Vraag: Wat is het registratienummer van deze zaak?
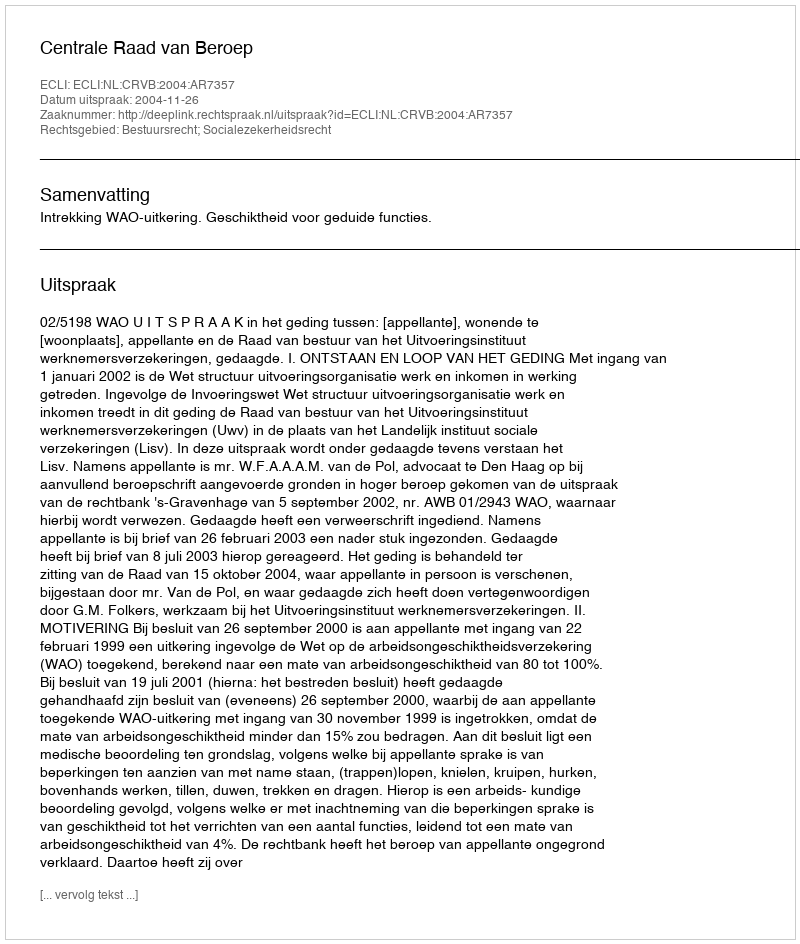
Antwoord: http://deeplink.rechtspraak.nl/uitspraak?id=ECLI:NL:CRVB:2004:AR7357